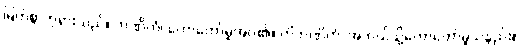
မြတ်စွာဘုရားသည်။ ဘဏိတံ၊ ဟောတော်မူအပ်၏။ ကိံဘဏိတံ၊ အဘယ်သို့ဟောတော်မူသနည်း။